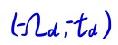
$(-t_d,-t_d)$